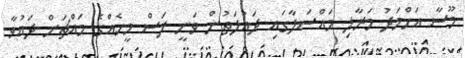
މޫސާ އަހްމަދު މަރާލި މައްސަލާގައި ދައުލަތުން ވަނީ ފަސް މީހެއްގެ މައްޗަށް ދައުވާ